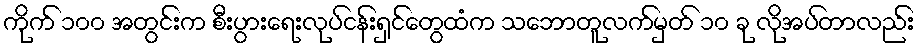
ကိုက် ၁၀၀ အတွင်းက စီးပွားရေးလုပ်ငန်းရှင်တွေထံက သဘောတူလက်မှတ် ၁၀ ခု လိုအပ်တာလည်း